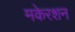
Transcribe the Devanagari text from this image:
मकेरशन